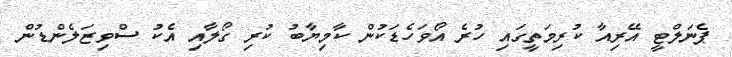
ޕެނަލްޓީ އޭރިއާ ކުރިމަތީގައި ހުރެ އޯވަހެޑަކުން ކާމިޔާބު ކުރި ގޯލާއި އެކު ސްވިޒަލެންޑުން